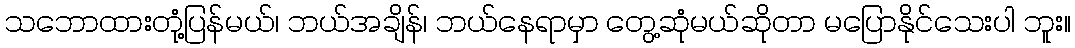
သဘောထားတုံ့ပြန်မယ်၊ ဘယ်အချိန်၊ ဘယ်နေရာမှာ တွေ့ဆုံမယ်ဆိုတာ မပြောနိုင်သေးပါ ဘူး။